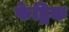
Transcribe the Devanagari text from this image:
फेड्रिक